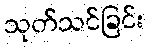
သုတ်သင်ခြင်း